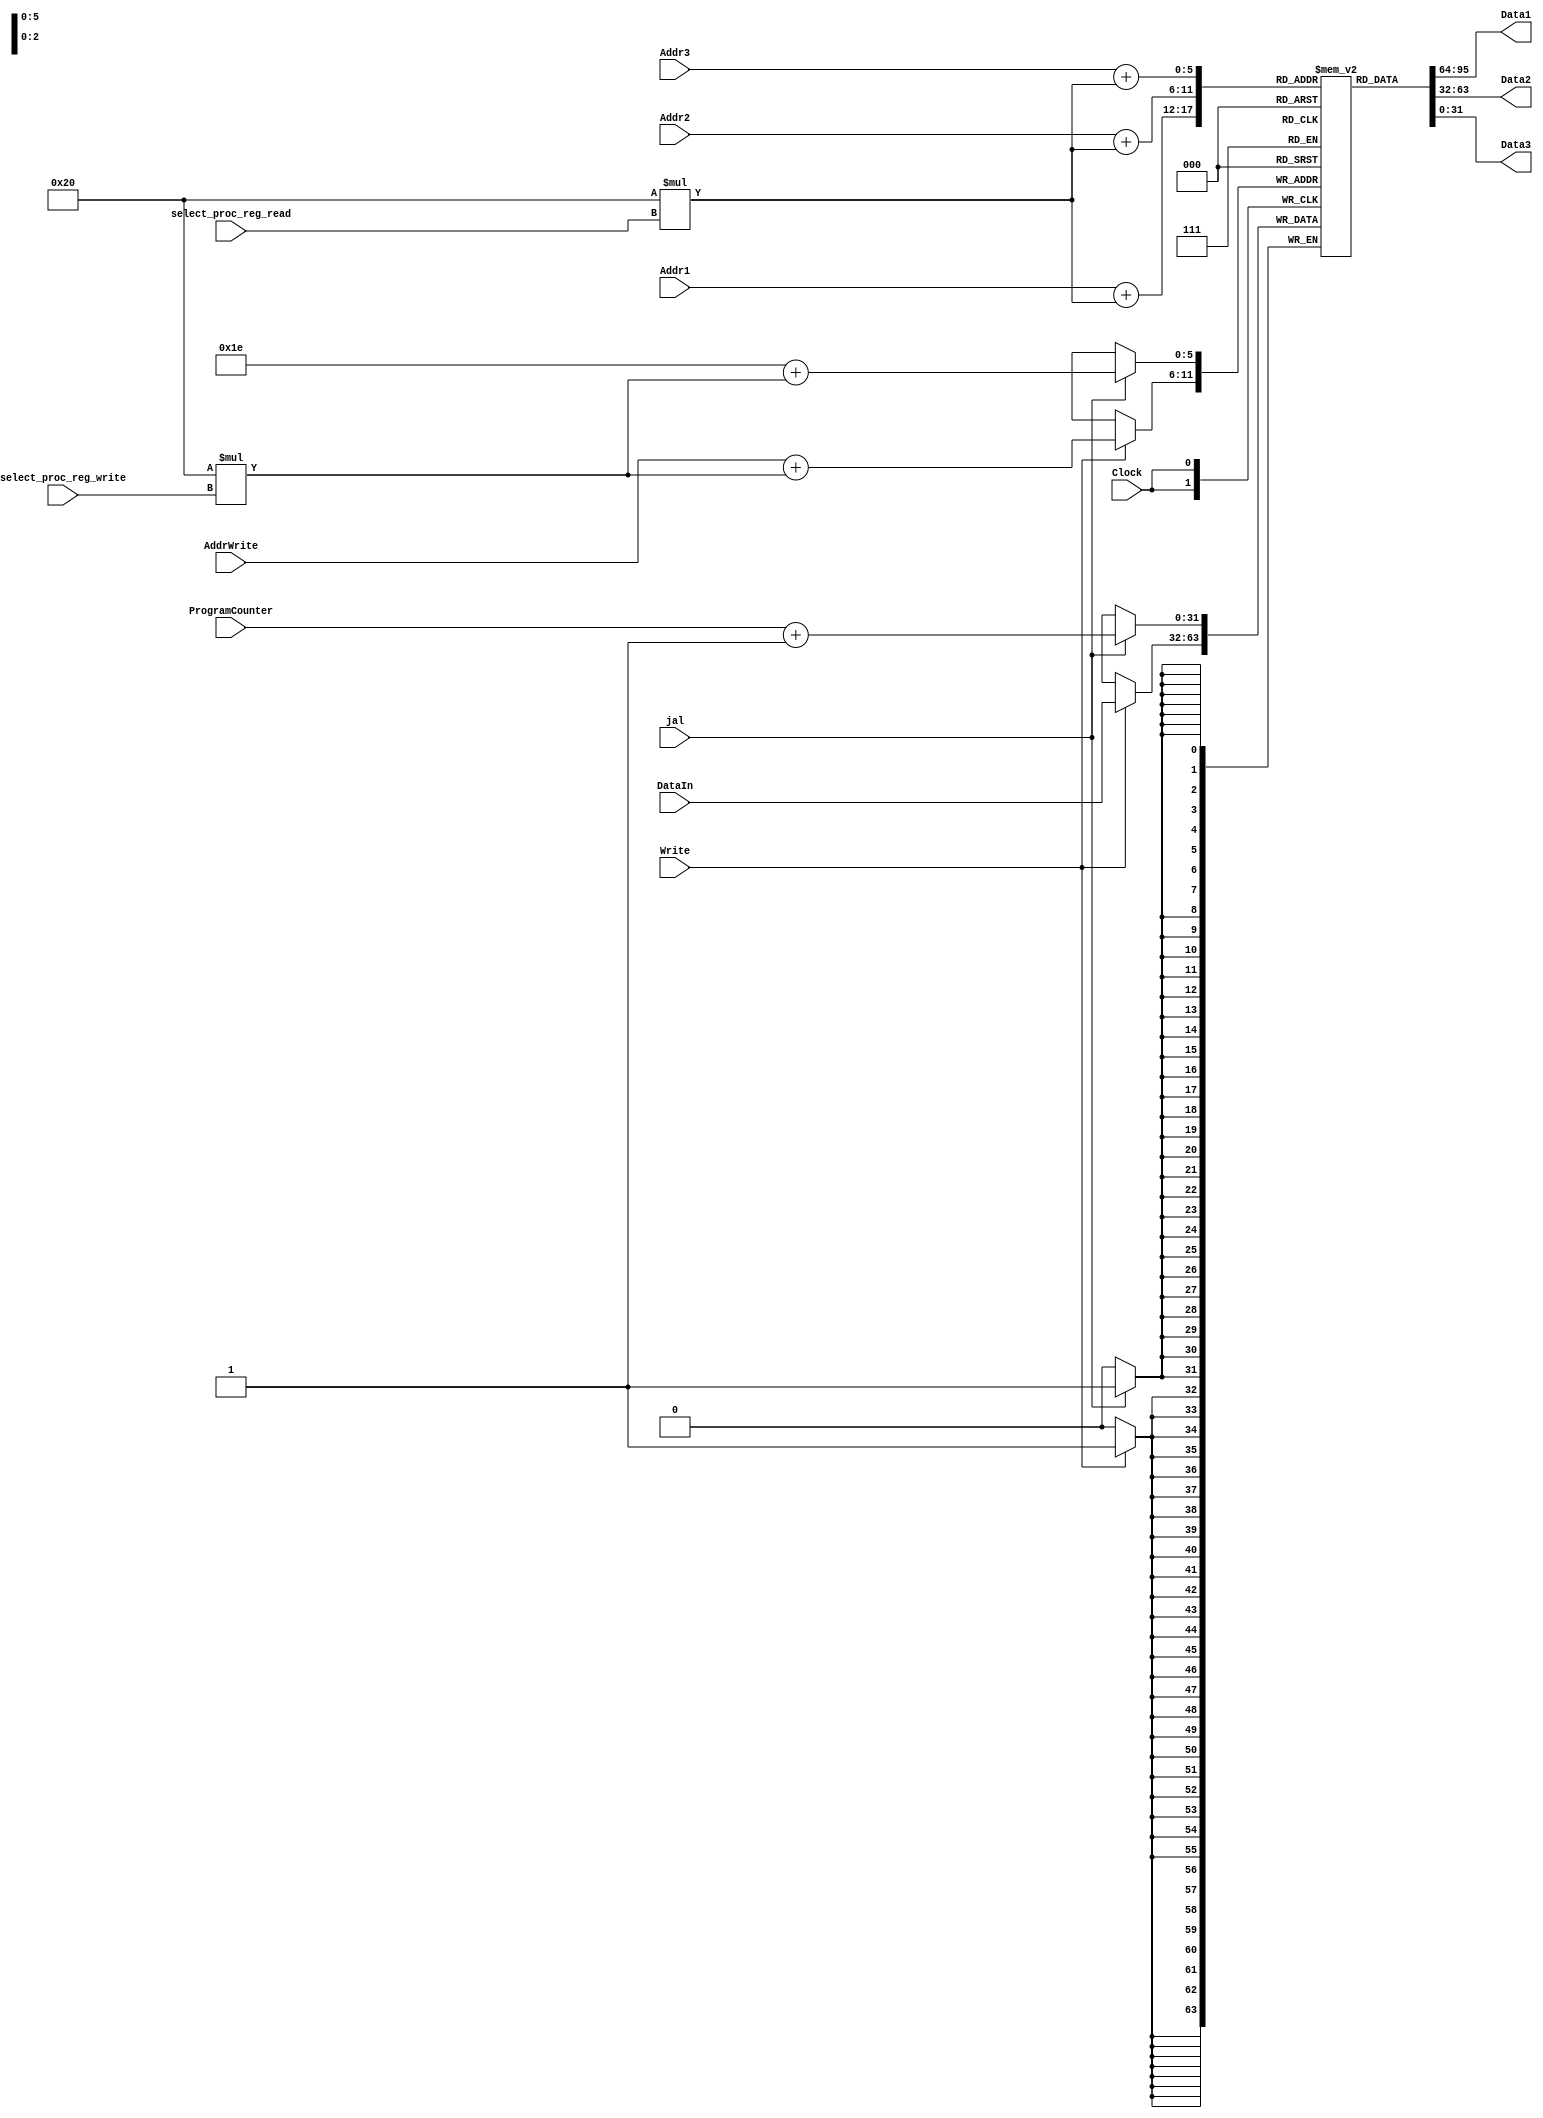
// Clock: receive automatic clock
// jal: flag to enable writes in register address
// mov: flag to select the instruction mov
// Write: flag to enable write in the register bank
// Addr1: address the first register to be read
// Addr2: address the second register to be read
// Addr3: address the register to be write
// ProgramCounter: current program counter
// Data1: address data the firts address
// Data2: address data the second address
// Data3: data to be write in the register ban

module RegisterBank(Clock, jal, Write, Addr1, Addr2, Addr3, AddrWrite, ProgramCounter, DataIn, select_proc_reg_read, select_proc_reg_write , Data1, Data2, Data3);
	input Clock, jal, Write, select_proc_reg_read, select_proc_reg_write;
	input  [4:0] Addr1, Addr2, Addr3, AddrWrite;
	input  [31:0] ProgramCounter, DataIn;
	output [31:0] Data1, Data2, Data3;
	reg [31:0] regs [63:0]; //rb_so and rb_program
	
	always @(posedge Clock) begin
		if (jal) begin
			regs[30 + (32 * select_proc_reg_write)] <= ProgramCounter + 1'b1;
		end
		
		if (Write) begin
			regs[AddrWrite + (32 * select_proc_reg_write)] <= DataIn;
		end
	end
	
	assign Data1 = regs[Addr1 + (32 * select_proc_reg_read)];
	assign Data2 = regs[Addr2 + (32 * select_proc_reg_read)];
	assign Data3 = regs[Addr3 + (32 * select_proc_reg_read)];
	
endmodule